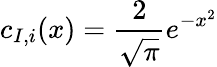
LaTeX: c_{I,i}(x)=\frac{2}{\sqrt{\pi}}e^{-x^{2}}